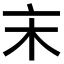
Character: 𠅅